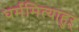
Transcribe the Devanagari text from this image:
धर्ममित्याहुऱ्